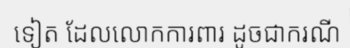
ទៀត ដែលលោកការពារ ដូចជាករណី